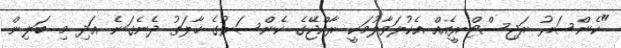
"ކެންސަރު ރަޖިސްޓްރީއެއް އެކުލަވާލުމަކީ ރާއްޖޭގެ ކެންސަރުގެ ހާލަތު ދެނެގަނެ އަދި މި ބަލިން